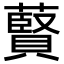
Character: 藖